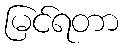
မြင်ရတာ